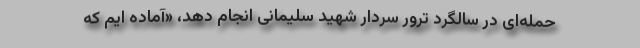
حمله‌ای در سالگرد ترور سردار شهید سلیمانی انجام دهد، «آماده ایم که